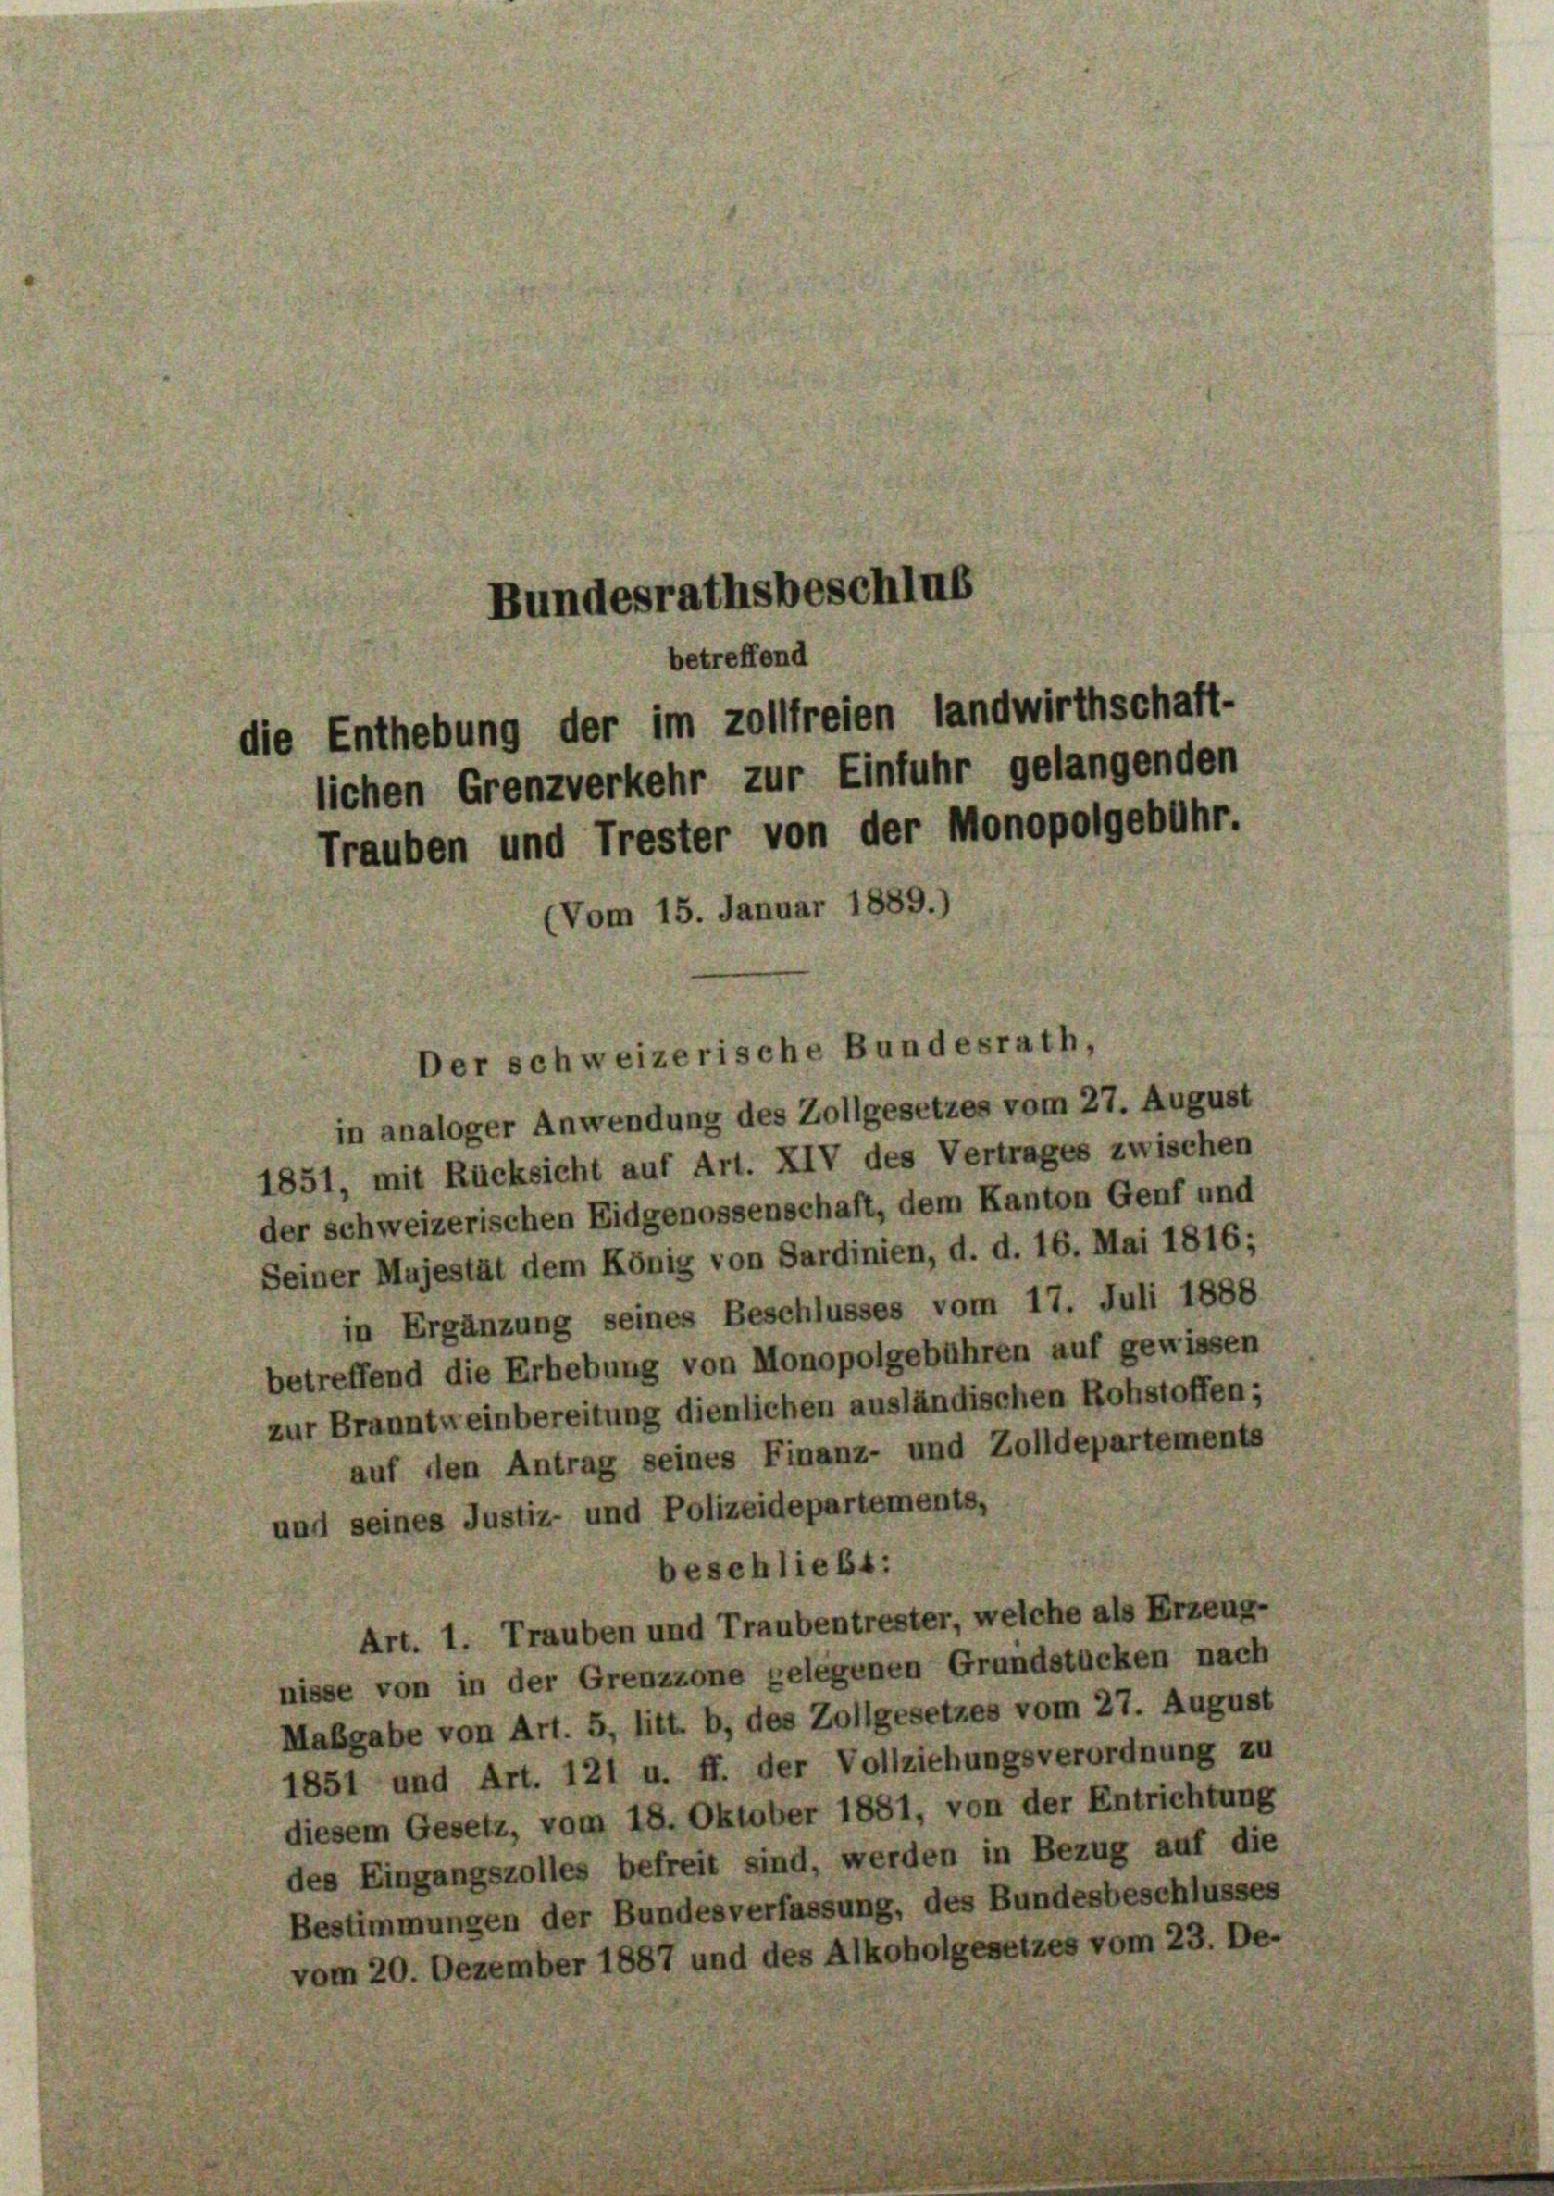
Bundesrathsbeschluß

betreffend
die Enthebung der im zollfreien landwirthschaft-

lichen Grenzverkehr zur Einfuhr gelangenden
Trauben und Trester von der Monopolgebühr.
(Vom 15. Januar 1889.

in analoger Anwendung des Zollgesetzes vom 27. August
1851, mit Rücksicht auf Art. XIV des Vertrages zwischen
der schweizerischen Eidgenossenschaft, dem Kanton Genf und
Seiner Mujestät dem König von Sardinien, d. d. 16. Mai 1816;
in Ergänzung seines Beschlusses vom 17. Juli 1888
betreffend die Erhebung von Monopolgebühren auf gewissen
zur Branntweinbereitung dienlichen ausländischen Rohstoffen;
auf den Antrag seines Finanz- und Zolldepartements
und seines Justiz- und Polizeidepartements,
beschließt:
Art. 1. Trauben und Traubentrester, welche als Erzeug-
nisse von in der Grenzzone gelegenen Grundstücken nach
Mabgabe von Art. 5, litt. b, des Zollgesetzes vom 27. August
1851 und Art. 121 u. ff. der Vollziehungsverordnung zu
diesem Gesetz, vom 18. Oktober 1881, von der Entrichtung
des Eingangszolles befreit sind, werden in Bezug auf die
Bestimmungen der Bundesverfassung, des Bundesbeschlusses
vom 20. Dezember 1887 und des Alkoholgesetzes vom 23. De-

Der schweizerische Bundesrath,